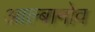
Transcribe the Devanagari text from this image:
आल्बानोव